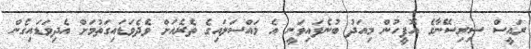
ރައީސް ސިރިސޭނާގެ އޮފީހުން މިއަދު ބުނެފައިވަނީ އެ މައްސަލައިގެ ތެރެއަށް ވެދެވަޑައިގަތުމަށް އެދިވަޑައިގެން